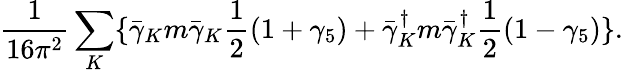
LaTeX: \frac{1}{16\pi^{2}}\sum_{K}\{ \bar{\gamma}_{K}m\bar{\gamma}_{K}\frac{1}{2}(1+\gamma_{5})+\bar{\gamma}_{K}^{\dagger}m\bar{\gamma}_{K}^{\dagger}\frac{1}{2}(1-\gamma_{5})\} .